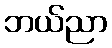
ဘယ်ညာ